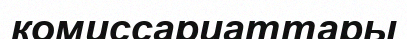
комиссариаттары